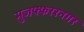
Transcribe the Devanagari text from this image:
मुजफ्फररनगर